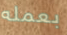
بعمله